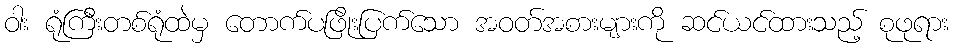
ဝါး ရုံကြီးတစ်ရုံထဲမှ တောက်ပဖြိုးပြက်သော အဝတ်အစားများကို ဆင်ယင်ထားသည့် စုဖုရား